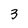
Character: 3